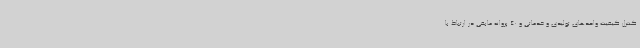
کنترل کیفیت واحدهای تولیدی و خدماتی و 40 پروانه مابقی در ارتباط با